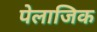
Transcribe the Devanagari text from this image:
पेलाजिक